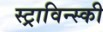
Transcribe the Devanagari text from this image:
स्ट्राविन्स्की